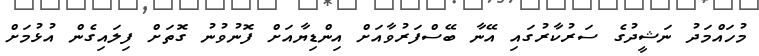
މުހައްމަދު ނަޝީދުގެ ސަރުކާރުގައި އޭނާ ބޭސްފަރުވާއަށް އިންޑިޔާއަށް ފޮނުވުނު ގޮތަށް ފިލައިގެން އުޅުމަށް